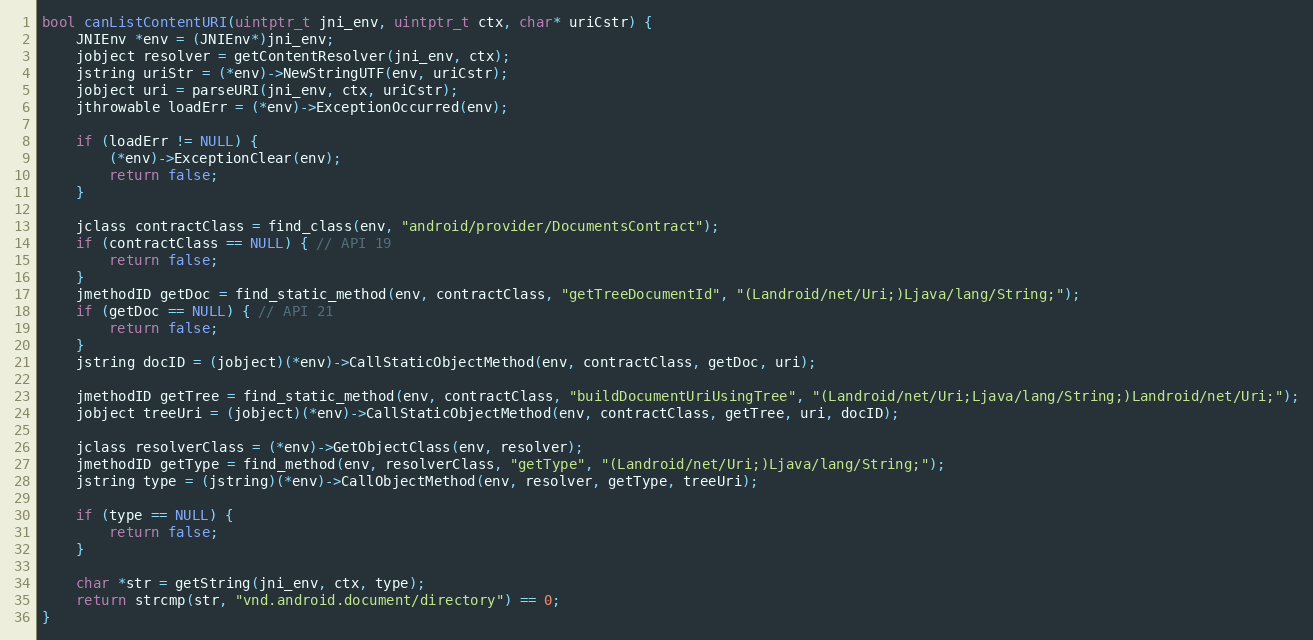
Language: C
bool canListContentURI(uintptr_t jni_env, uintptr_t ctx, char* uriCstr) {
	JNIEnv *env = (JNIEnv*)jni_env;
	jobject resolver = getContentResolver(jni_env, ctx);
	jstring uriStr = (*env)->NewStringUTF(env, uriCstr);
	jobject uri = parseURI(jni_env, ctx, uriCstr);
	jthrowable loadErr = (*env)->ExceptionOccurred(env);

	if (loadErr != NULL) {
		(*env)->ExceptionClear(env);
		return false;
	}

	jclass contractClass = find_class(env, "android/provider/DocumentsContract");
	if (contractClass == NULL) { // API 19
		return false;
	}
	jmethodID getDoc = find_static_method(env, contractClass, "getTreeDocumentId", "(Landroid/net/Uri;)Ljava/lang/String;");
	if (getDoc == NULL) { // API 21
		return false;
	}
	jstring docID = (jobject)(*env)->CallStaticObjectMethod(env, contractClass, getDoc, uri);

	jmethodID getTree = find_static_method(env, contractClass, "buildDocumentUriUsingTree", "(Landroid/net/Uri;Ljava/lang/String;)Landroid/net/Uri;");
	jobject treeUri = (jobject)(*env)->CallStaticObjectMethod(env, contractClass, getTree, uri, docID);

	jclass resolverClass = (*env)->GetObjectClass(env, resolver);
	jmethodID getType = find_method(env, resolverClass, "getType", "(Landroid/net/Uri;)Ljava/lang/String;");
	jstring type = (jstring)(*env)->CallObjectMethod(env, resolver, getType, treeUri);

	if (type == NULL) {
		return false;
	}

	char *str = getString(jni_env, ctx, type);
	return strcmp(str, "vnd.android.document/directory") == 0;
}